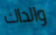
والداك